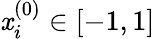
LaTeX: \mathit{x}_{i}^{(0)}\in[-1,1]